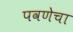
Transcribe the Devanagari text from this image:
पवणेचा